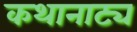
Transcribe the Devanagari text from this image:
कथानाट्य